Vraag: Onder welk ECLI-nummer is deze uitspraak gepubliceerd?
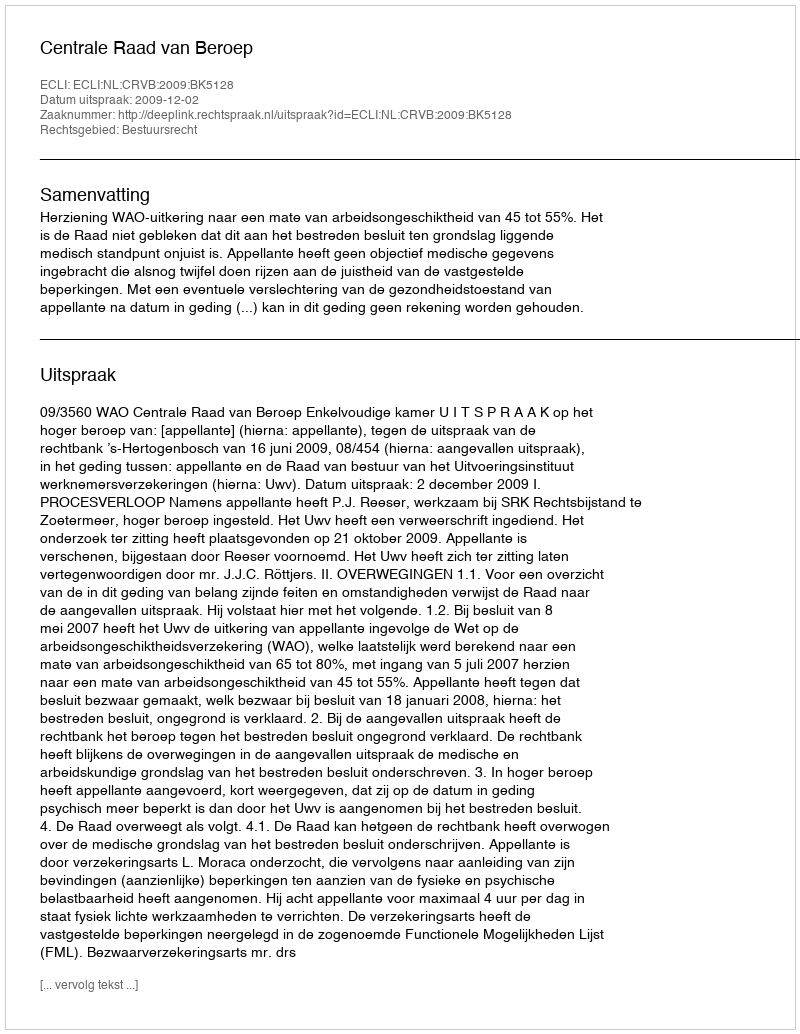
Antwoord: ECLI:NL:CRVB:2009:BK5128